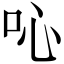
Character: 吣